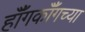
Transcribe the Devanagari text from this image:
हॉँगकॉँगच्या